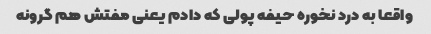
واقعا به درد نخوره حیفه پولی که دادم یعنی مفتش هم گرونه